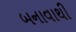
બનાવાથી